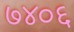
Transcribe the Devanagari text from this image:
७४०६